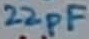
Text: 22pF